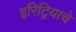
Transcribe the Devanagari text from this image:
इरिट्रियाचे